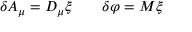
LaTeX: \delta A _ { \mu } = D _ { \mu } \xi \qquad \delta \varphi = M \xi